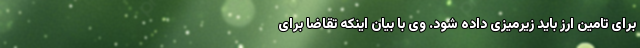
برای تامین ارز باید زیرمیزی داده شود. وی با بیان اینکه تقاضا برای